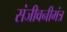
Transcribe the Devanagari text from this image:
संजीवनीमंत्र